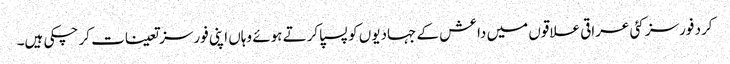
کرد فورسز کئی عراقی علاقوں میں داعش کے جہادیوں کو پسپا کرتے ہوئے وہاں اپنی فورسز تعینات کر چکی ہیں۔